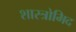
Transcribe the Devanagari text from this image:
शास्त्रोमिद